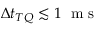
\Delta t _ { T Q } \lesssim 1 \; \mathrm { ~ m ~ s ~ }